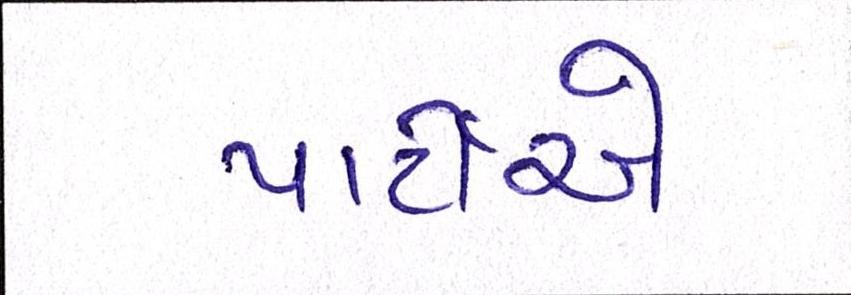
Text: પાર્ટીએ